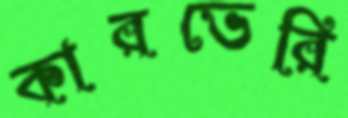
কারভেরি